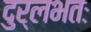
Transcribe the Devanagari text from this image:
दुर्लभतः